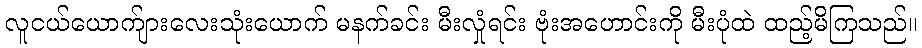
လူငယ်ယောက်ျားလေးသုံးယောက် မနက်ခင်း မီးလှုံရင်း ဗုံးအဟောင်းကို မီးပုံထဲ ထည့်မိကြသည်။